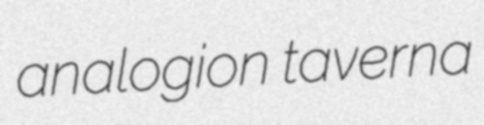
analogion taverna